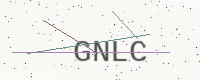
Text: GNLC